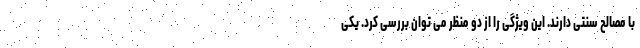
با مصالح سنتی دارند. این ویژگی را از دو منظر می توان بررسی کرد. یکی